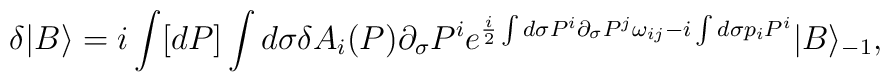
\delta |B\rangle =i\int [dP]\int d\sigma \delta A_i(P)\partial_\sigma P^ie^{\frac{i}{2}\int d\sigma P^i\partial_\sigma P^j\omega_{ij}-i\int d\sigma p_iP^i}|B\rangle_{-1},